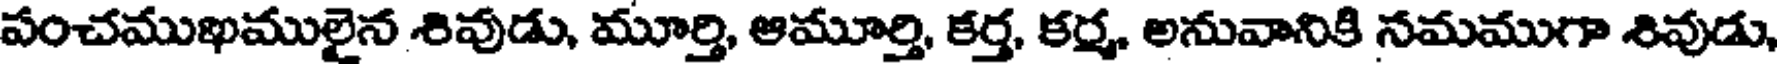
పంచముఖములైన శివుడు, మూర్తి, ఆమూర్తి, కర్త, కర్మ, అనువానికి నమముగా శివుడు,